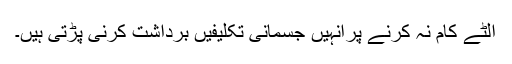
الٹے کام نہ کرنے پرانہیں جسمانی تکلیفیں برداشت کرنی پڑتی ہیں۔